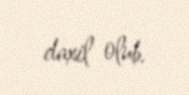
daxil olub.